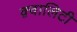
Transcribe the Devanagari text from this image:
क़्वालिटी